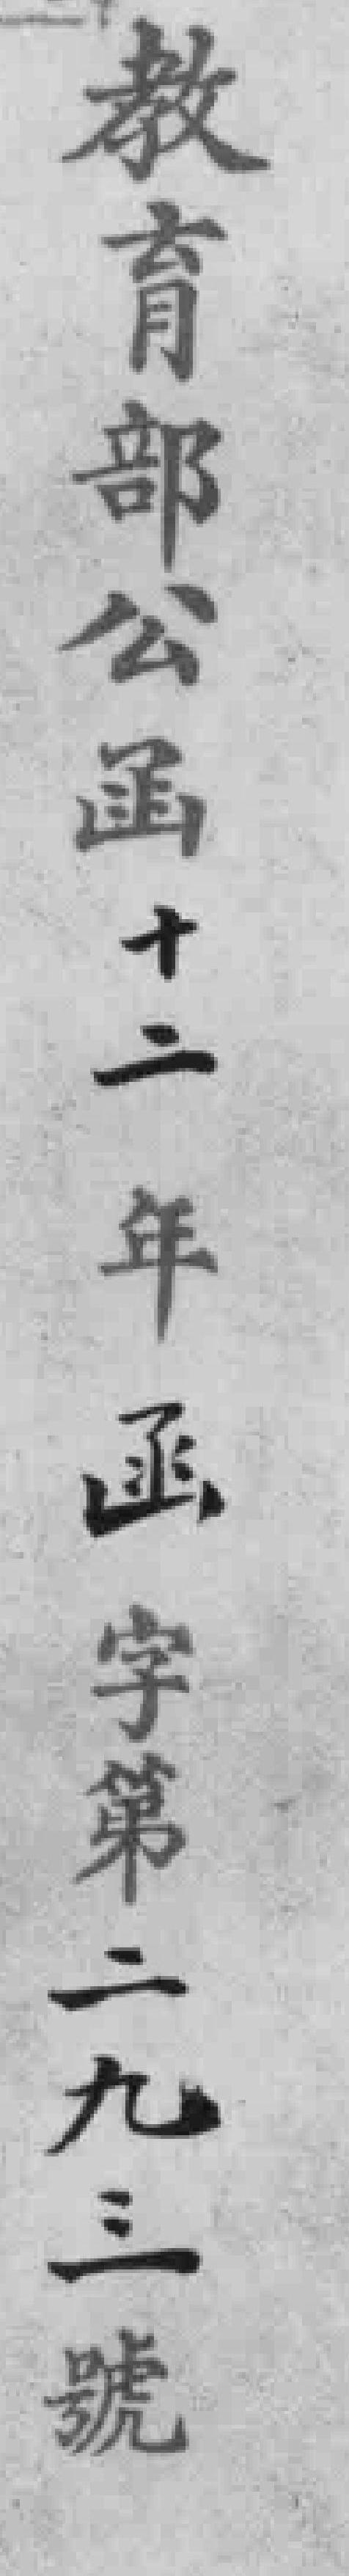
教育部公函十二年函字第二九三號